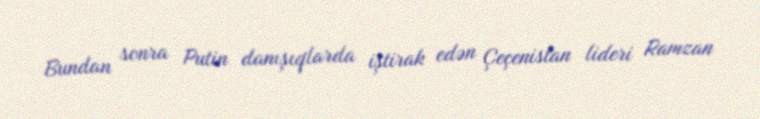
Bundan sonra Putin danışıqlarda iştirak edən Çeçenistan lideri Ramzan